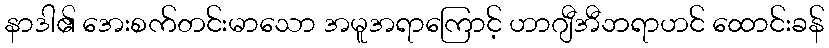
နာဒါ၏ အေးစက်တင်းမာသော အမူအရာကြောင့် ဟာဂျီအီဘရာဟင် ထောင်းခန်